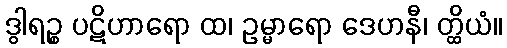
ဒွါရဉ္စ ပဋိဟာရော ထ၊ ဥမ္မာရော ဒေဟနီ၊ တ္ထိယံ။